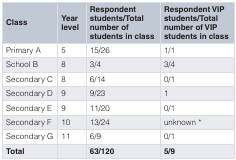
<table><thead><tr><td><b>Class</b></td><td><b>Yearlevel</b></td><td><b>Respondentstudents/Totalnumber ofstudents in class</b></td><td><b>Respondent VIPstudents/Totalnumber of VIPstudents in class</b></td></tr></thead><tbody><tr><td>Primary A</td><td>5</td><td>15/26</td><td>1/1</td></tr><tr><td>School B</td><td>8</td><td>3/4</td><td>3/4</td></tr><tr><td>Secondary C</td><td>8</td><td>6/14</td><td>0/1</td></tr><tr><td>Secondary D</td><td>9</td><td>9/23</td><td>1</td></tr><tr><td>Secondary E</td><td>9</td><td>11/20</td><td>0/1</td></tr><tr><td>Secondary F</td><td>10</td><td>13/24</td><td>unknown *</td></tr><tr><td>Secondary G</td><td>11</td><td>6/9</td><td>0/1</td></tr><tr><td><b>Total</b></td><td></td><td><b>63/120</b></td><td><b>5/9</b></td></tr></tbody></table>